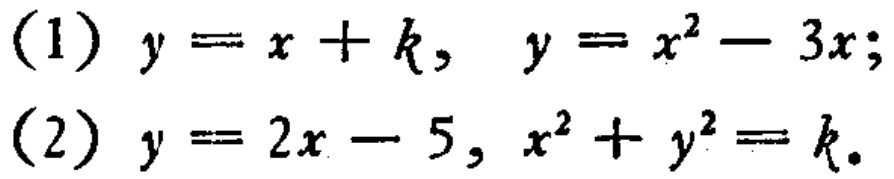
(1) \(y = x + k,\ y = x^{2}-3x\);
(2) \(y = 2x - 5,\ x^{2}+y^{2}=k\)